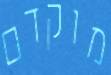
מוקדם